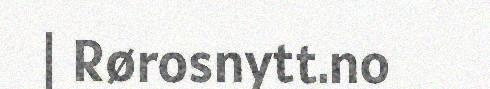
| Rørosnytt.no